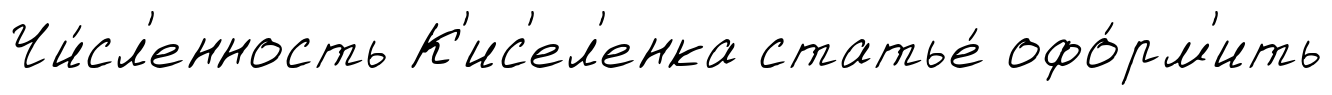
Чи́сл'енность К'ис'ел'енка статье́ офо́рм'ить